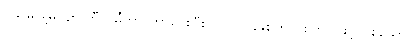
ပုသိမ်မြို့မှ ၄၈ ကီလိုမီတာ ကွာဝေးပြီး ၂၀၀၀ ခုနှစ်တွင် စတင် ဖွင့်လှစ်သော